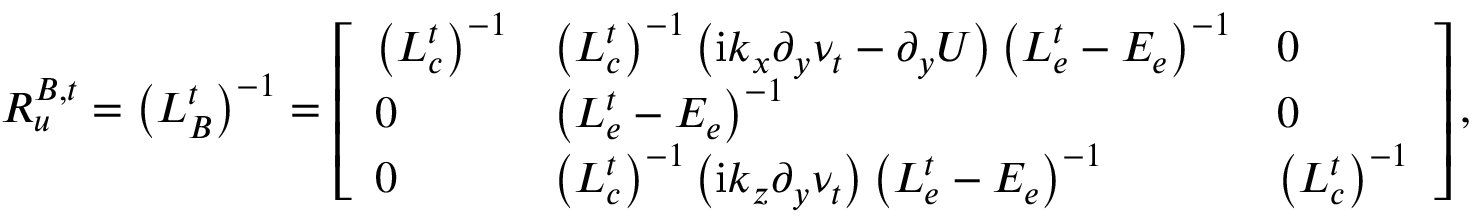
\boldsymbol { R _ { u } ^ { B , t } } = \left( \boldsymbol { L _ { B } ^ { t } } \right) ^ { - 1 } = \left[ \begin{array} { l l l } { \left( \boldsymbol { L _ { c } ^ { t } } \right) ^ { - 1 } } & { \left( \boldsymbol { L _ { c } ^ { t } } \right) ^ { - 1 } \left( \mathrm { i } k _ { x } \boldsymbol { \partial _ { y } \nu _ { t } } - \boldsymbol { \partial _ { y } } \boldsymbol { U } \right) \left( \boldsymbol { L _ { e } ^ { t } } - \boldsymbol { E _ { e } } \right) ^ { - 1 } } & { \boldsymbol { 0 } } \\ { \boldsymbol { 0 } } & { \left( \boldsymbol { L _ { e } ^ { t } } - \boldsymbol { E _ { e } } \right) ^ { - 1 } } & { \boldsymbol { 0 } } \\ { \boldsymbol { 0 } } & { \left( \boldsymbol { L _ { c } ^ { t } } \right) ^ { - 1 } \left( \mathrm { i } k _ { z } \boldsymbol { \partial _ { y } \nu _ { t } } \right) \left( \boldsymbol { L _ { e } ^ { t } } - \boldsymbol { E _ { e } } \right) ^ { - 1 } } & { \left( \boldsymbol { L _ { c } ^ { t } } \right) ^ { - 1 } } \end{array} \right] ,